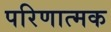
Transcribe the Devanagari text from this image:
परिणात्मक